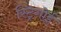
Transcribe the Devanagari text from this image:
स्ट्रिगोई